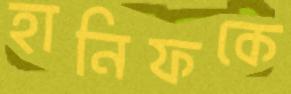
হানিফকে